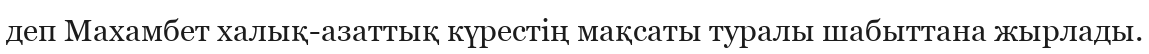
деп Махамбет халық-азаттық күрестің мақсаты туралы шабыттана жырлады.